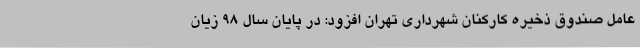
عامل صندوق ذخیره کارکنان شهرداری تهران افزود: در پایان سال 98 زیان